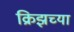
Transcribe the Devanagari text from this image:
क्रिझच्या